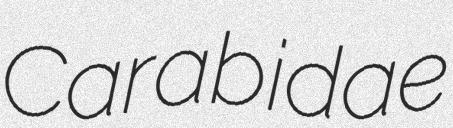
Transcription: Carabidae